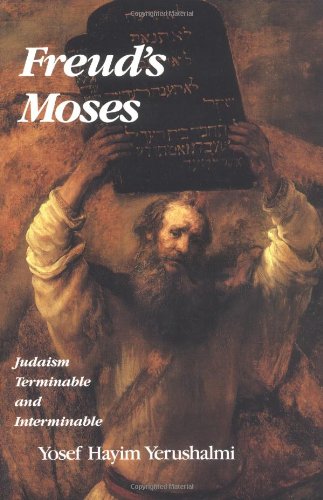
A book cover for Freud's Moses: Judaism Terminable and Interminable (The Franz Rosenzweig Lecture Series); Yosef Hayim Yerushalmi; Christian Books & Bibles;